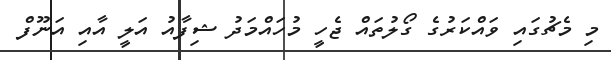
މި މެޗުގައި ވައްކަރުގެ ގޯލުތައް ޖެހީ މުހައްމަދު ޝިފާއު އަލީ އާއި އަނޫފް